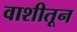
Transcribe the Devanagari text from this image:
वाशीतून